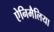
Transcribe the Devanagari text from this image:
ऐनिमैलिया